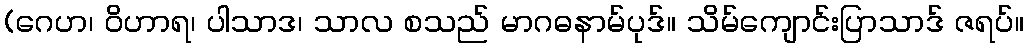
(ဂေဟ၊ ဝိဟာရ၊ ပါသာဒ၊ သာလ စသည် မာဂဓနာမ်ပုဒ်။ သိမ်ကျောင်းပြာသာဒ် ဇရပ်။